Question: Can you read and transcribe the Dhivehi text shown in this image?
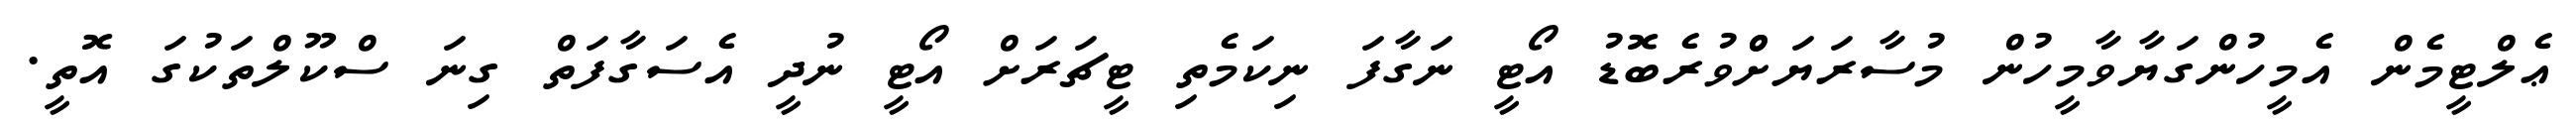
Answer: ޢެލްޓީމެން އެމީހުންގަޔާވާމީހުން މުސާރަޔަށްްވުރެބޮޑު އޯޓީ ނަގާފަ ނިކަމެތި ޓީޗަރަށް އޯޓީ ނުދީ އެސަގާފަތް ގިނަ ސްކޫލްތަކުގަ އޮތީ.